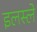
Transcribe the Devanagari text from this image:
इलस्ले